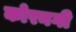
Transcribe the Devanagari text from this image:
कोरनगी